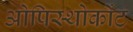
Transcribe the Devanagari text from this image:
ओपिस्थोकोंट